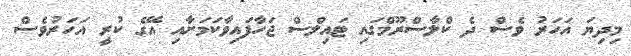
މިދިޔަ އަހަރު ވެސް ދެ ކްލާސްރޫމްގައި ޓައިލްސް ޖަހާފައިވާކަމަށާއި އޭގެ ކުރީ އަހަރުވެސް